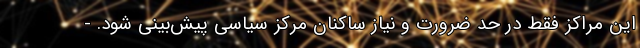
این مراکز فقط در حد ضرورت و نیاز ساکنان مرکز سیاسی پیش‌بینی شود. -